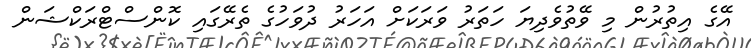
އޭގެ އިތުރުން މި ވޭތުވެދިޔަ ހަތަރު ވަރަކަށް އަހަރު ދުވަހުގެ ތެރޭގައި ކޮންސްޓްރަކްޝަން